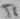
Text: T1